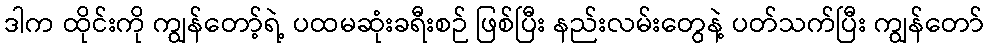
ဒါက ထိုင်းကို ကျွန်တော့်ရဲ့ ပထမဆုံးခရီးစဉ် ဖြစ်ပြီး နည်းလမ်းတွေနဲ့ ပတ်သက်ပြီး ကျွန်တော်